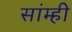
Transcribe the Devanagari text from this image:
सांम्ही